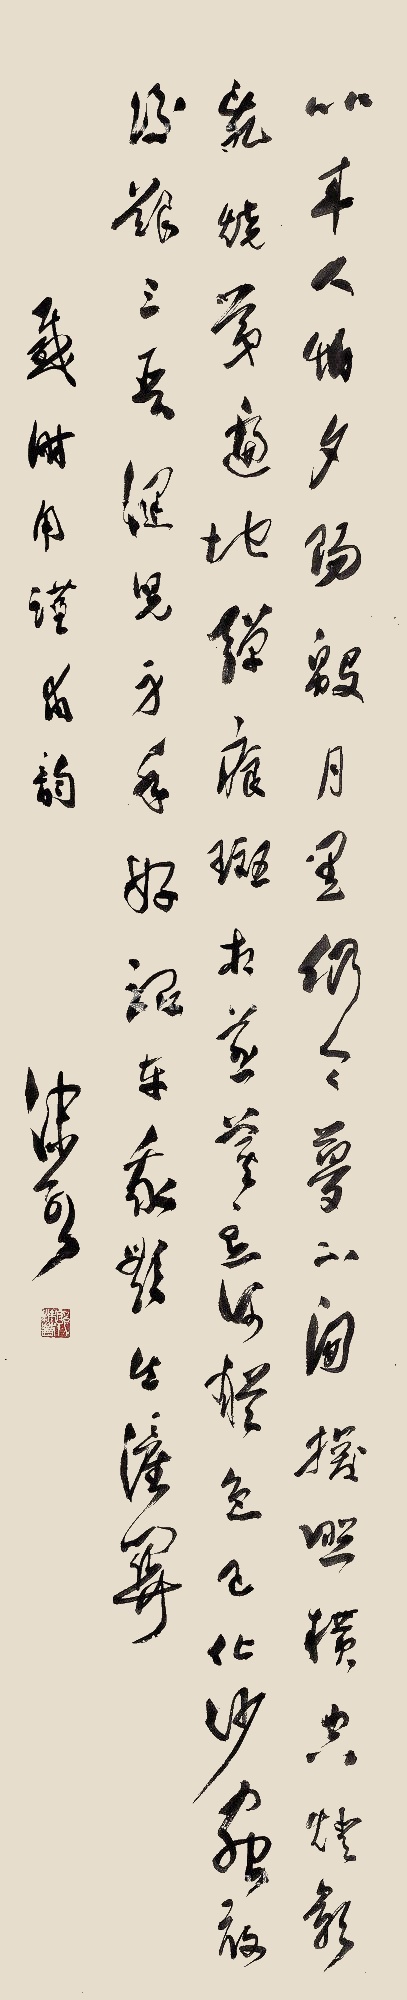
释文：比来人怕夕阳殷，月黑仍令梦不闲。探照横空灯影乱，烧夷遍地弹痕斑。相煎萁豆何犹急？已化沙虫敢后艰？三晋健儿身手好，驱车我欲出潼关。感时用谨甫韵。沫若。